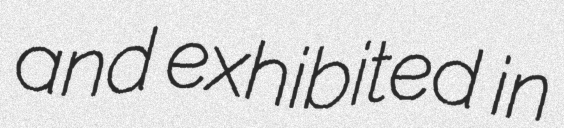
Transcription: and exhibited in